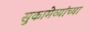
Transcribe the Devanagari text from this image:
सुकामेव्यांच्या